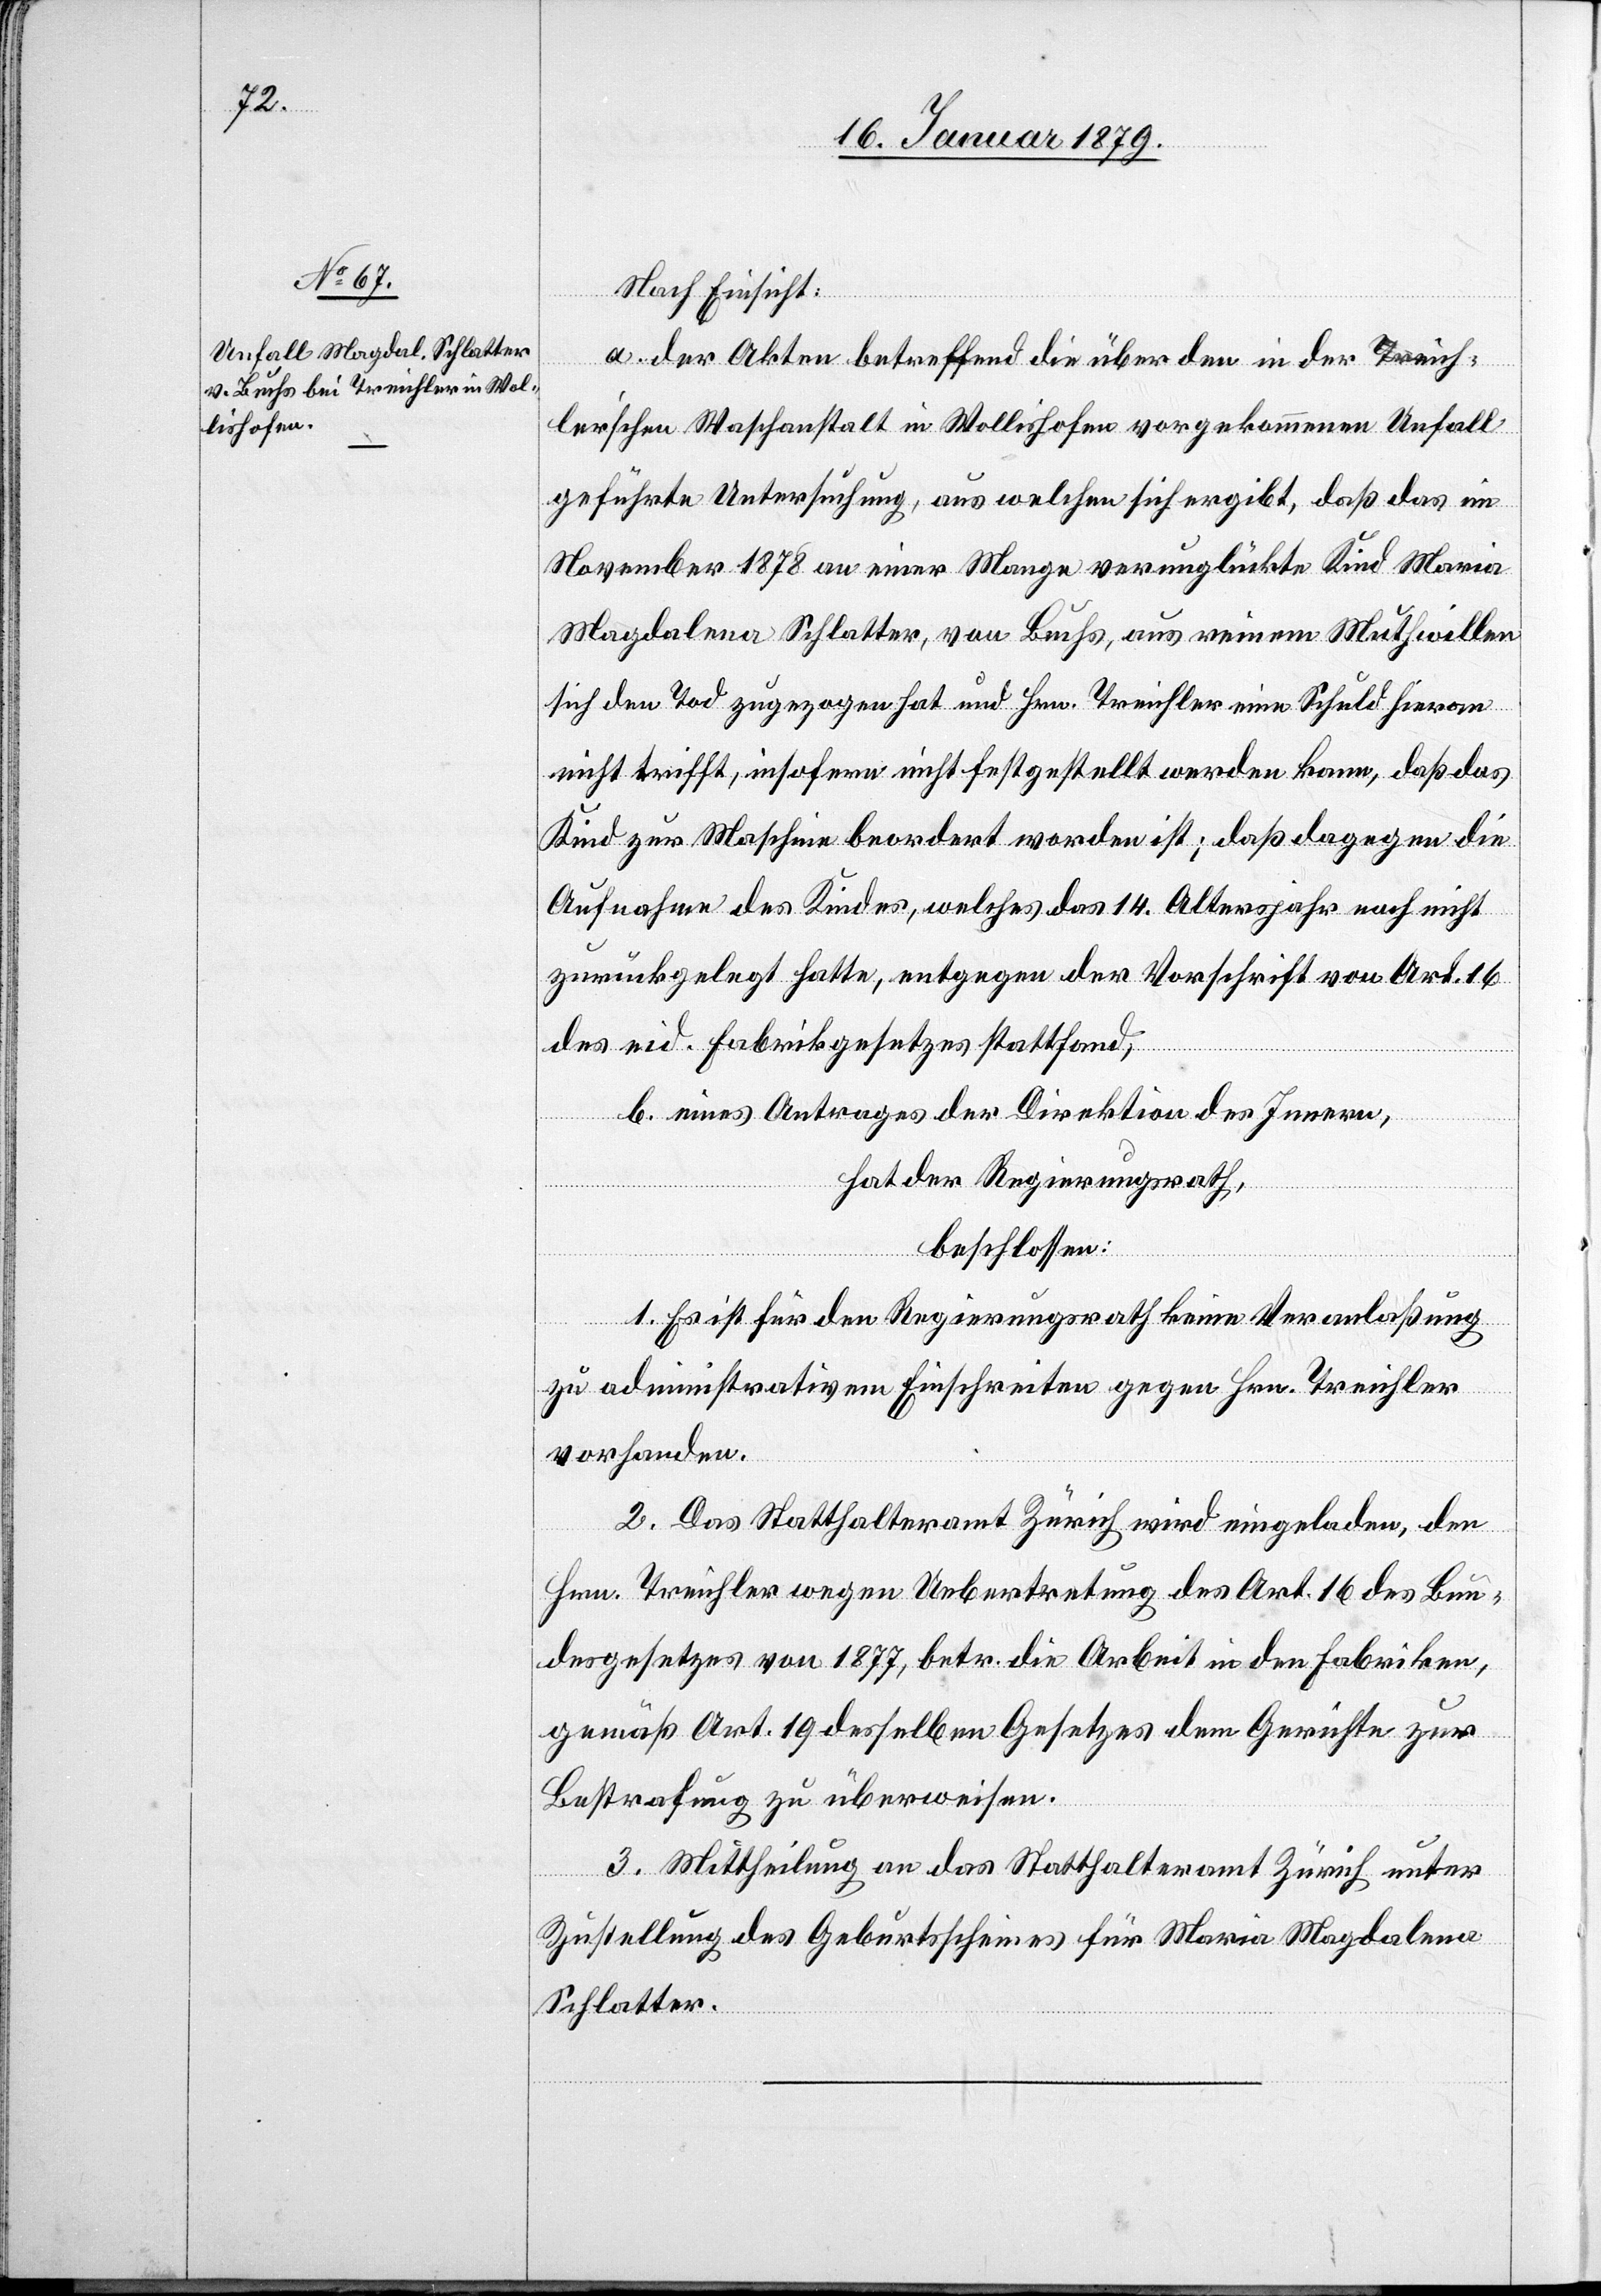
Nach Einsicht:
a. der Akten betreffend die über den in der Treich¬
ler’schen Waschanstalt in Wollishofen vorgekommenen Unfall
geführte Untersuchung, aus welchen sich ergibt, daß das im
November 1878 an einer Mange verunglückte Kind Maria
Magdalena Schlatter, von Buchs, aus reinem Muthwillen
sich den Tod zugezogen hat und Hrn. Treichler eine Schuld hieran
nicht trifft, insofern nicht festgestellt werden kann, daß das
Kind zur Maschine beordert worden ist; daß dagegen die
Aufnahme des Kindes, welches das 14. Altersjahr noch nicht
zurückgelegt hatte, entgegen der Vorschrift von Art. 16
des eid. Fabrikgesetzes stattfand,
b. eines Antrages der Direktion des Innern,
hat der Regierungsrath,
beschlossen:
1. Es ist für den Regierungsrath keine Veranlaßung
zu administrativem Einschreiten gegen Hrn. Treichler
vorhanden.
2. Das Statthalteramt Zürich wird eingeladen, den
Hrn. Treichler wegen Uebertretung des Art. 16 des Bun¬
desgesetzes von 1877, betr. die Arbeit in den Fabriken,
gemäß Art. 19 desselben Gesetzes dem Gerichte zur
Bestrafung zu überweisen.
3. Mittheilung an das Statthalteramt Zürich unter
Zustellung des Geburtsscheines für Maria Magdalena
Schlatter.